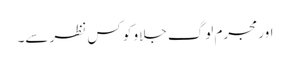
اور مجرم لوگ جلاو کو کس نظر سے۔